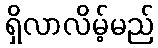
ရှိလာလိမ့်မည်